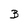
Character: B